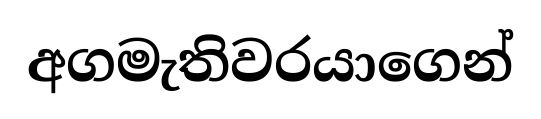
අගමැතිවරයාගෙන්